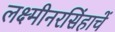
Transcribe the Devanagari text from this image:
लक्ष्मीनरसिंहाचें